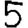
Digit: 5